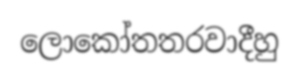
ලොකෝතතරවාදීහු